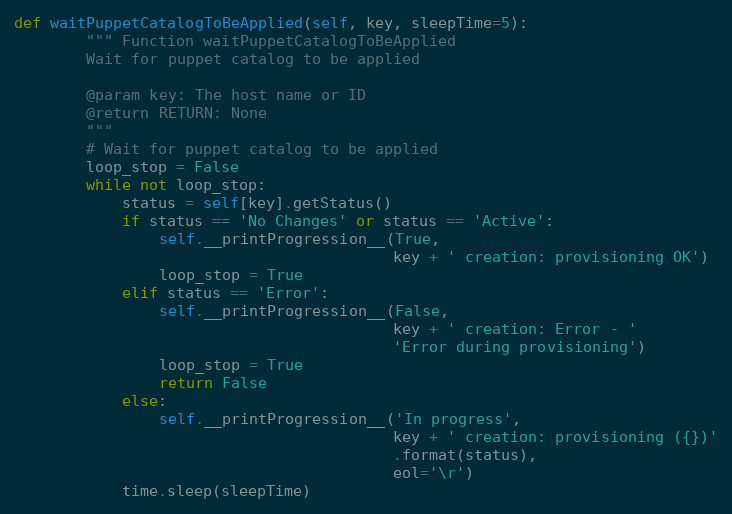
Language: Python
def waitPuppetCatalogToBeApplied(self, key, sleepTime=5):
        """ Function waitPuppetCatalogToBeApplied
        Wait for puppet catalog to be applied

        @param key: The host name or ID
        @return RETURN: None
        """
        # Wait for puppet catalog to be applied
        loop_stop = False
        while not loop_stop:
            status = self[key].getStatus()
            if status == 'No Changes' or status == 'Active':
                self.__printProgression__(True,
                                          key + ' creation: provisioning OK')
                loop_stop = True
            elif status == 'Error':
                self.__printProgression__(False,
                                          key + ' creation: Error - '
                                          'Error during provisioning')
                loop_stop = True
                return False
            else:
                self.__printProgression__('In progress',
                                          key + ' creation: provisioning ({})'
                                          .format(status),
                                          eol='\r')
            time.sleep(sleepTime)